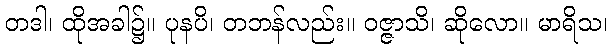
တဒါ၊ ထိုအခါ၌။ ပုနပိ၊ တဘန်လည်း။ ဝဇ္ဇာသိ၊ ဆိုလော။ မာရိသ၊